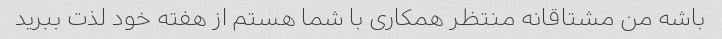
باشه من مشتاقانه منتظر همکاری با شما هستم از هفته خود لذت ببرید